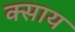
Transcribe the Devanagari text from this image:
क्साय